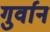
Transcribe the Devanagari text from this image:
गुर्वान